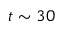
t \sim 3 0